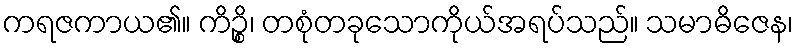
ကရဇကာယ၏။ ကိဉ္စိ၊ တစုံတခုသောကိုယ်အရပ်သည်။ သမာဓိဇေန၊